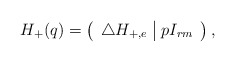
\begin{align*} H_+(q)&=\left(\begin{array}{c | c} \triangle H_{+,e} & p I_{rm} \end{array}\right),\end{align*}